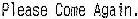
PLEASE COME AGAIN.